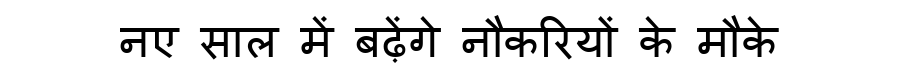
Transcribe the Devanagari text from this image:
नए साल में बढ़ेंगे नौकरियों के मौके